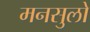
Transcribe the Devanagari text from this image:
मनसुलो